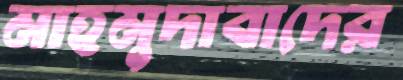
মাহমুদাবাদের